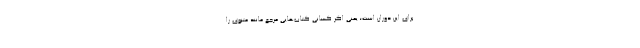
برای این دوران است؛ یعنی اگر کسانی کتاب‌هایی مرجع مانند مثنوی را